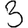
Digit: 3